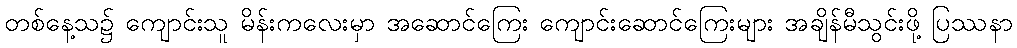
တစ်နေ့သ၌ ကျောင်းသူ မိန်းကလေးမှာ အဆောင်ကြေး ကျောင်းဆောင်ကြေးများ အချိန်မီသွင်းဖို့ ပြဿနာ